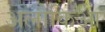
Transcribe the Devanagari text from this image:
अलौकिआ